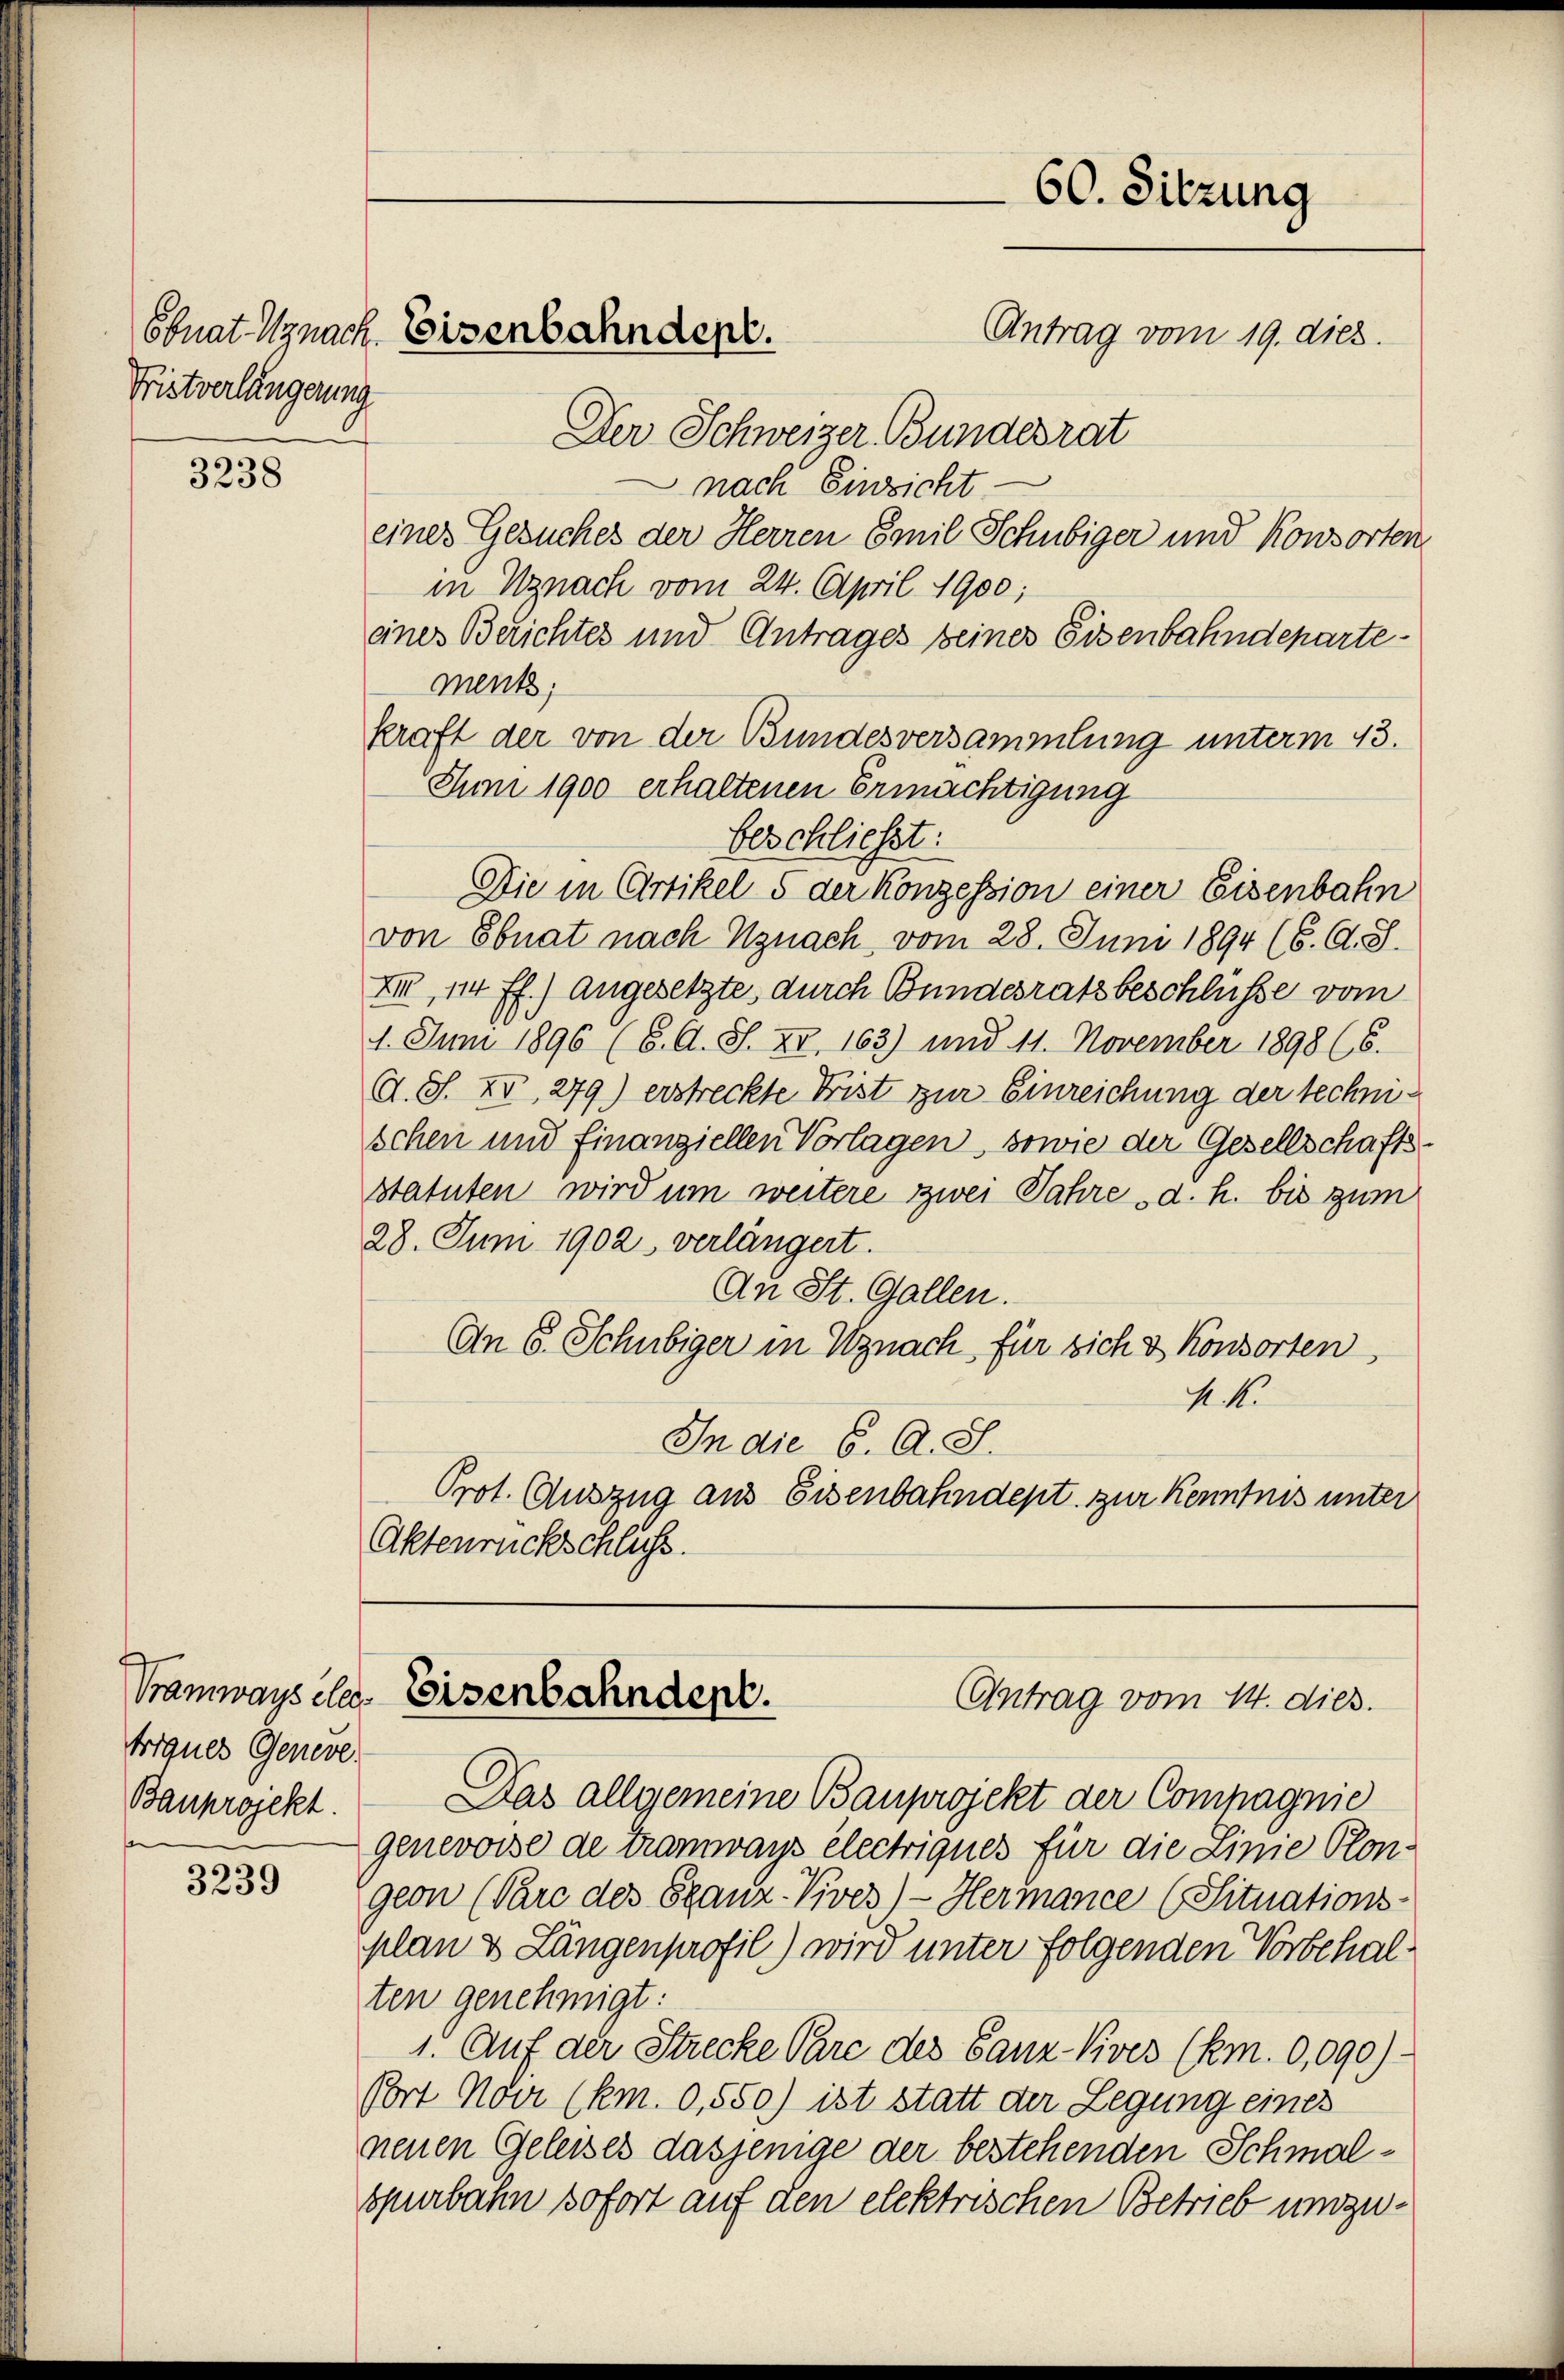
Fristverlängerung

3238

triques Genere
Bauprojekt.

3239

Ebnat nach Eisenbahndepr.

Der Schweizer Bundesrat
 nach Einzicht
in Uznach vom 24. April 1900;
eines Berichtes und Antrages seines Eisenbahndepartemenk,
kraft der von der Bundesversammlung unterm 13.
Jun 1900 erhaltenen Ermächtigung
beschließt:
Die in Artikel 5 der Konzession einer Eisenbahn
von Ebnat nach Uznach vom 28. Juni 1894 (6. A. S.
XI, 114 ff.) angesetzte durch Bundesratz beschlüsse vom
1. Juni 1896 (6. A. S. XI. 163) und 11. November 1898 (6.
d. S. XV, 279) erstreckte Frist zur Einreichung der technischen und finanziellen Vorlagen, sowie der Gesellschafts-
statuten wird um weitere zwei Jahre d. h. bis zum
28. Juni 1902 verlängert.
An St. Gallen.
An 8. Schubiger in Uznach, für sich & Konsorten,
 1
In die 6. A. S.
Prot. Auszug aus Eisenbahndept. zur Kenntnis unter
Aktenrückschluss.

Das allgemeine Bauprojekt der Compagnie
genevoise de Tramways électriques für die Linie Plon.
geon (Pare des Spanz-Vives) - Hermance (Situations-
plan & Längenprofil) wird unter folgenden Vorbehalten genehmigt:
1. Auf der Strecke Pare des Ganz-Kives (Rm. 0,090)
Port Noer (km. 0,550) ist statt der Legung eines
neuen Geleises dasjenige der bestehenden Schmalspurbahn sofort auf den elektrischen Betrieb und zu¬

60. Sitzung
Antrag vom 19. dies.
eines Gesuches der Herren Emil Schubiger und Konsorten

Tramways da. Eisenbahndent.
Antrag vom 14. dies.